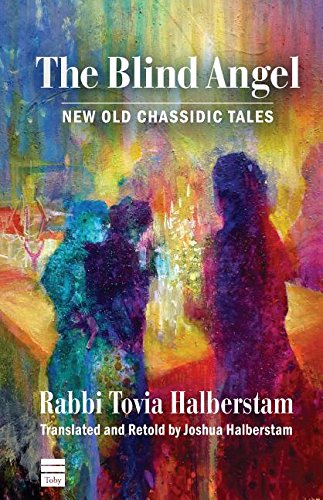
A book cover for The Blind Angel; Tovia Halberstam; Religion & Spirituality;